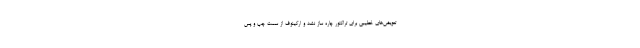
تعویض‌های خطیبی برای تراکتور چاره ساز نشد و ارکینوف از سمت چپ و پس